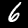
Digit: 6